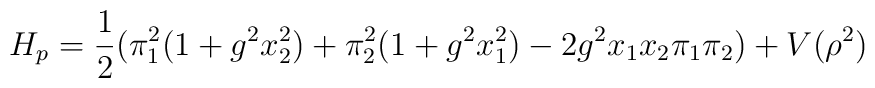
H_p = \frac{1}{2}(\pi_1^2(1+g^2x_2^2)+ \pi_2^2(1+g^2x_1^2)-2g^2x_1x_2\pi_1\pi_2)+V(\rho^2)